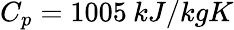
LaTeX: C_{p}=1005\: kJ/kgK